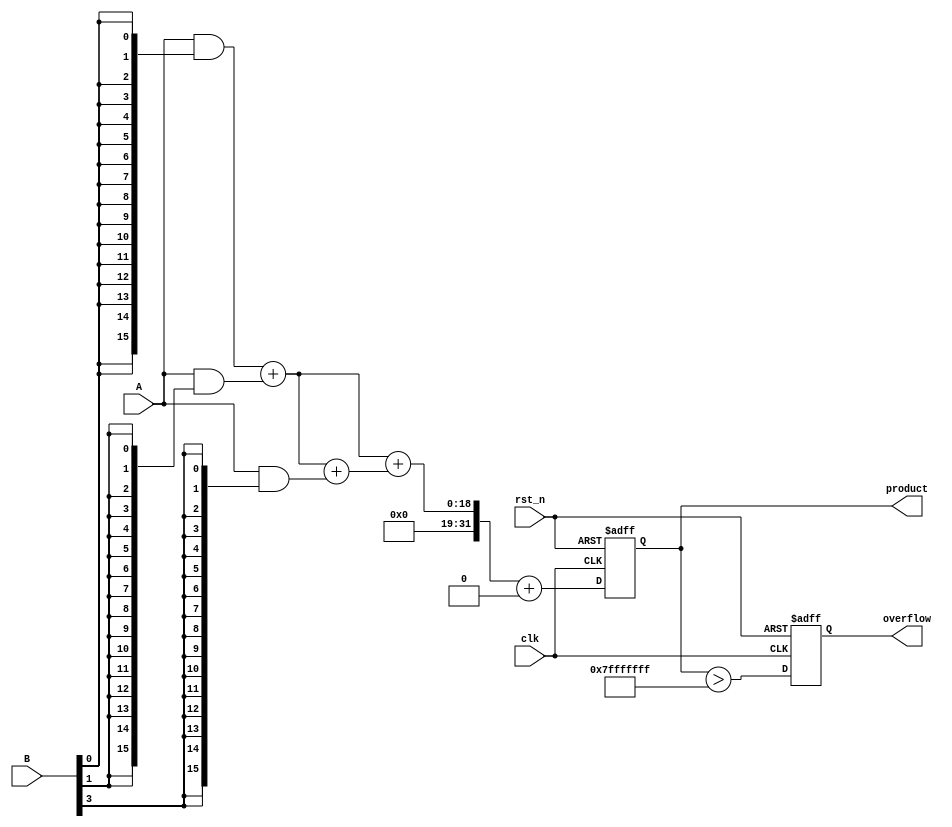
module FixedPointWallaceTreeMultiplier #(
    parameter A_WIDTH = 16, // Width of input A
    parameter B_WIDTH = 16, // Width of input B
    parameter P_WIDTH = A_WIDTH + B_WIDTH // Width of output product
)(
    input wire clk,
    input wire rst_n,
    input wire [A_WIDTH-1:0] A, // Fixed-point input A
    input wire [B_WIDTH-1:0] B, // Fixed-point input B
    output reg [P_WIDTH-1:0] product, // Fixed-point product output
    output reg overflow // Overflow flag
);

    // Generate partial products
    wire [A_WIDTH-1:0] partial_products[B_WIDTH-1:0];
    genvar i;
    generate
        for (i = 0; i < B_WIDTH; i = i + 1) begin : gen_partial_products
            assign partial_products[i] = A & {A_WIDTH{B[i]}};
        end
    endgenerate

    // Wallace Tree Reduction
    wire [P_WIDTH-1:0] sum_stage1 [B_WIDTH/2:0];
    wire [B_WIDTH/2:0] carry_stage1;
    wire [P_WIDTH-1:0] sum_stage2 [B_WIDTH/4:0];
    wire [B_WIDTH/4:0] carry_stage2;

    // Stage 1: Combine partial products using half and full adders
    generate
        for (i = 0; i < B_WIDTH/2; i = i + 1) begin : stage1
            if (i == 0) begin
                assign {carry_stage1[i], sum_stage1[i]} = partial_products[2*i] + partial_products[2*i + 1];
            end else begin
                assign {carry_stage1[i], sum_stage1[i]} = sum_stage1[i-1] + partial_products[2*i + 1];
            end
        end
        if (B_WIDTH % 2 == 1) begin
            assign sum_stage1[B_WIDTH/2] = partial_products[B_WIDTH-1];
        end
    endgenerate

    // Stage 2: Combine results from stage 1
    generate
        for (i = 0; i < B_WIDTH/4; i = i + 1) begin : stage2
            assign {carry_stage2[i], sum_stage2[i]} = sum_stage1[2*i] + sum_stage1[2*i + 1];
        end
        if (B_WIDTH % 4 >= 2) begin
            assign sum_stage2[B_WIDTH/4] = sum_stage1[B_WIDTH/2];
        end
    endgenerate

    // Final addition
    always @(posedge clk or negedge rst_n) begin
        if (!rst_n) begin
            product <= 0;
            overflow <= 0;
        end else begin
            // Final sum
            product <= sum_stage2[0] + (B_WIDTH % 4 == 1 ? sum_stage2[1] : 0);
            // Check for overflow
            overflow <= (product > {1'b0, {P_WIDTH-1{1'b1}}}); // Check if product exceeds max value
        end
    end

endmodule